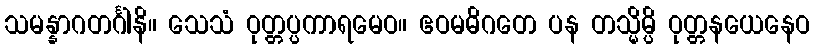
သမန္နာဂတင်္ဂါနိ။ သေသံ ဝုတ္တပ္ပကာရမေဝ။ ဧဝမဓိဂတေ ပန တသ္မိမ္ပိ ဝုတ္တနယေနေဝ